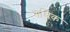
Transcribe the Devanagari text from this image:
गथिक